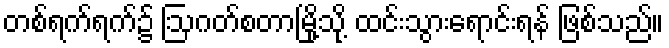
တစ်ရက်ရက်၌ ဩဂတ်စတာမြို့သို့ ထင်းသွားရောင်းရန် ဖြစ်သည်။